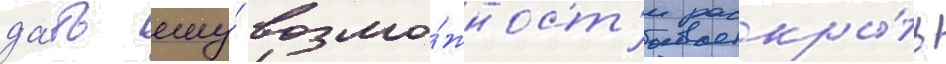
да́ть ему́ возмо́жност'и раскры́ть